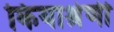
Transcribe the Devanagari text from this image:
कियाश्रेणी